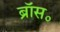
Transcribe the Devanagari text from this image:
ब्रॉस॰